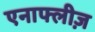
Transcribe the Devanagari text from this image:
एनाफ्लीज़